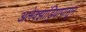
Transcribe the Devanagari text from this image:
अलेक्झांड्रियापासून